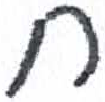
אות: ח